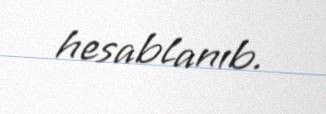
hesablanıb.